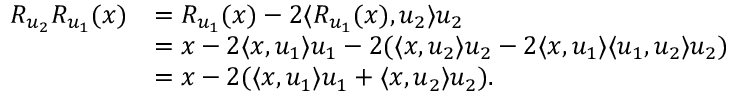
\begin{array} { r l } { R _ { u _ { 2 } } R _ { u _ { 1 } } ( x ) } & { = R _ { u _ { 1 } } ( x ) - 2 \langle R _ { u _ { 1 } } ( x ) , u _ { 2 } \rangle u _ { 2 } } \\ & { = x - 2 \langle x , u _ { 1 } \rangle u _ { 1 } - 2 ( \langle x , u _ { 2 } \rangle u _ { 2 } - 2 \langle x , u _ { 1 } \rangle \langle u _ { 1 } , u _ { 2 } \rangle u _ { 2 } ) } \\ & { = x - 2 ( \langle x , u _ { 1 } \rangle u _ { 1 } + \langle x , u _ { 2 } \rangle u _ { 2 } ) . } \end{array}